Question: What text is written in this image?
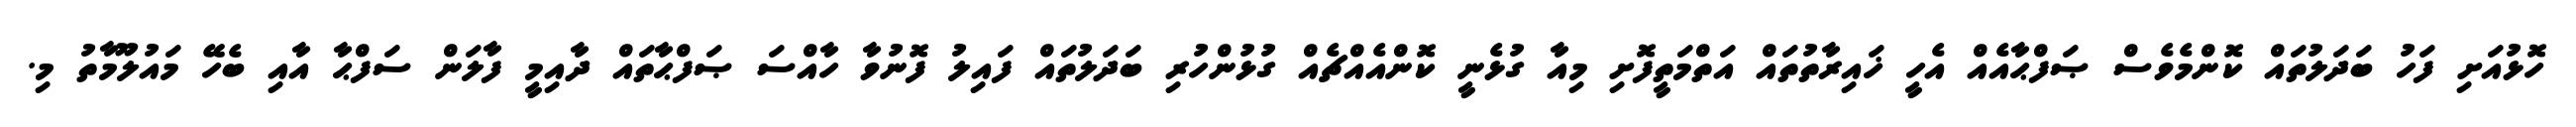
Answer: ހޮޅުއަށި ފަހު ބަދަލުތައް ކޮންމެވެސް ޞަފްޙާއެއް އެހީ ޚައިރާތުތައް އަތްމަތީފޮށި މިއާ ގުޅެނީ ކޮންއެއްޗެއް ގުޅުންހުރި ބަދަލުތައް ފައިލު ފޮނުވާ ހާއްސަ ޞަފްޙާތައް ދާއިމީ ފާލަން ސަފްޙާ އާއި ބެހޭ މައުލޫމާތު މި.